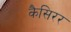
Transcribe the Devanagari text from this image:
कैसिरर